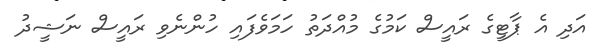
އަދި އެ ޕާޓީގެ ރައީސް ކަމުގެ މުއްދަތު ހަމަވެފައި ހުންނެވި ރައީސް ނަޝީދު